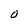
Character: O